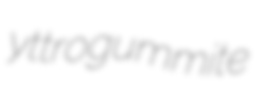
yttrogummite